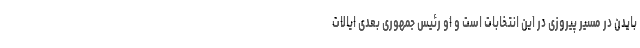
بایدن در مسیر پیروزی در این انتخابات است و او رئیس جمهوری بعدی ایالات